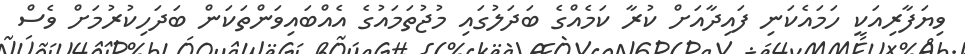
ވިޔަފާރިއަކީ ހަމައެކަނި ފައިދާއަށް ކުރާ ކަމެއްގެ ބަދަލުގައި މުޖުތަމައުގެ އެއްބައިވަންތަކަން ބަދަހިކުރުމަށް ވެސް